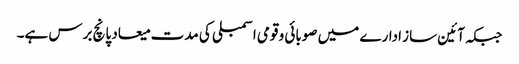
جبکہ آئین ساز ادارے میں صوبائی و قومی اسمبلی کی مدت میعاد پانچ برس ہے۔